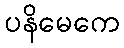
ပနိမေကေ